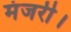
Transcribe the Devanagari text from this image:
मंजरी।